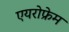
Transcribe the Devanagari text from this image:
एयरोफ्रेम